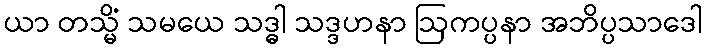
ယာ တသ္မိံ သမယေ သဒ္ဓါ သဒ္ဒဟနာ ဩကပ္ပနာ အဘိပ္ပသာဒေါ